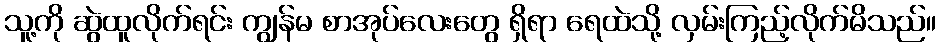
သူ့ကို ဆွဲထူလိုက်ရင်း ကျွန်မ စာအုပ်လေးတွေ ရှိရာ ရေထဲသို့ လှမ်းကြည့်လိုက်မိသည်။